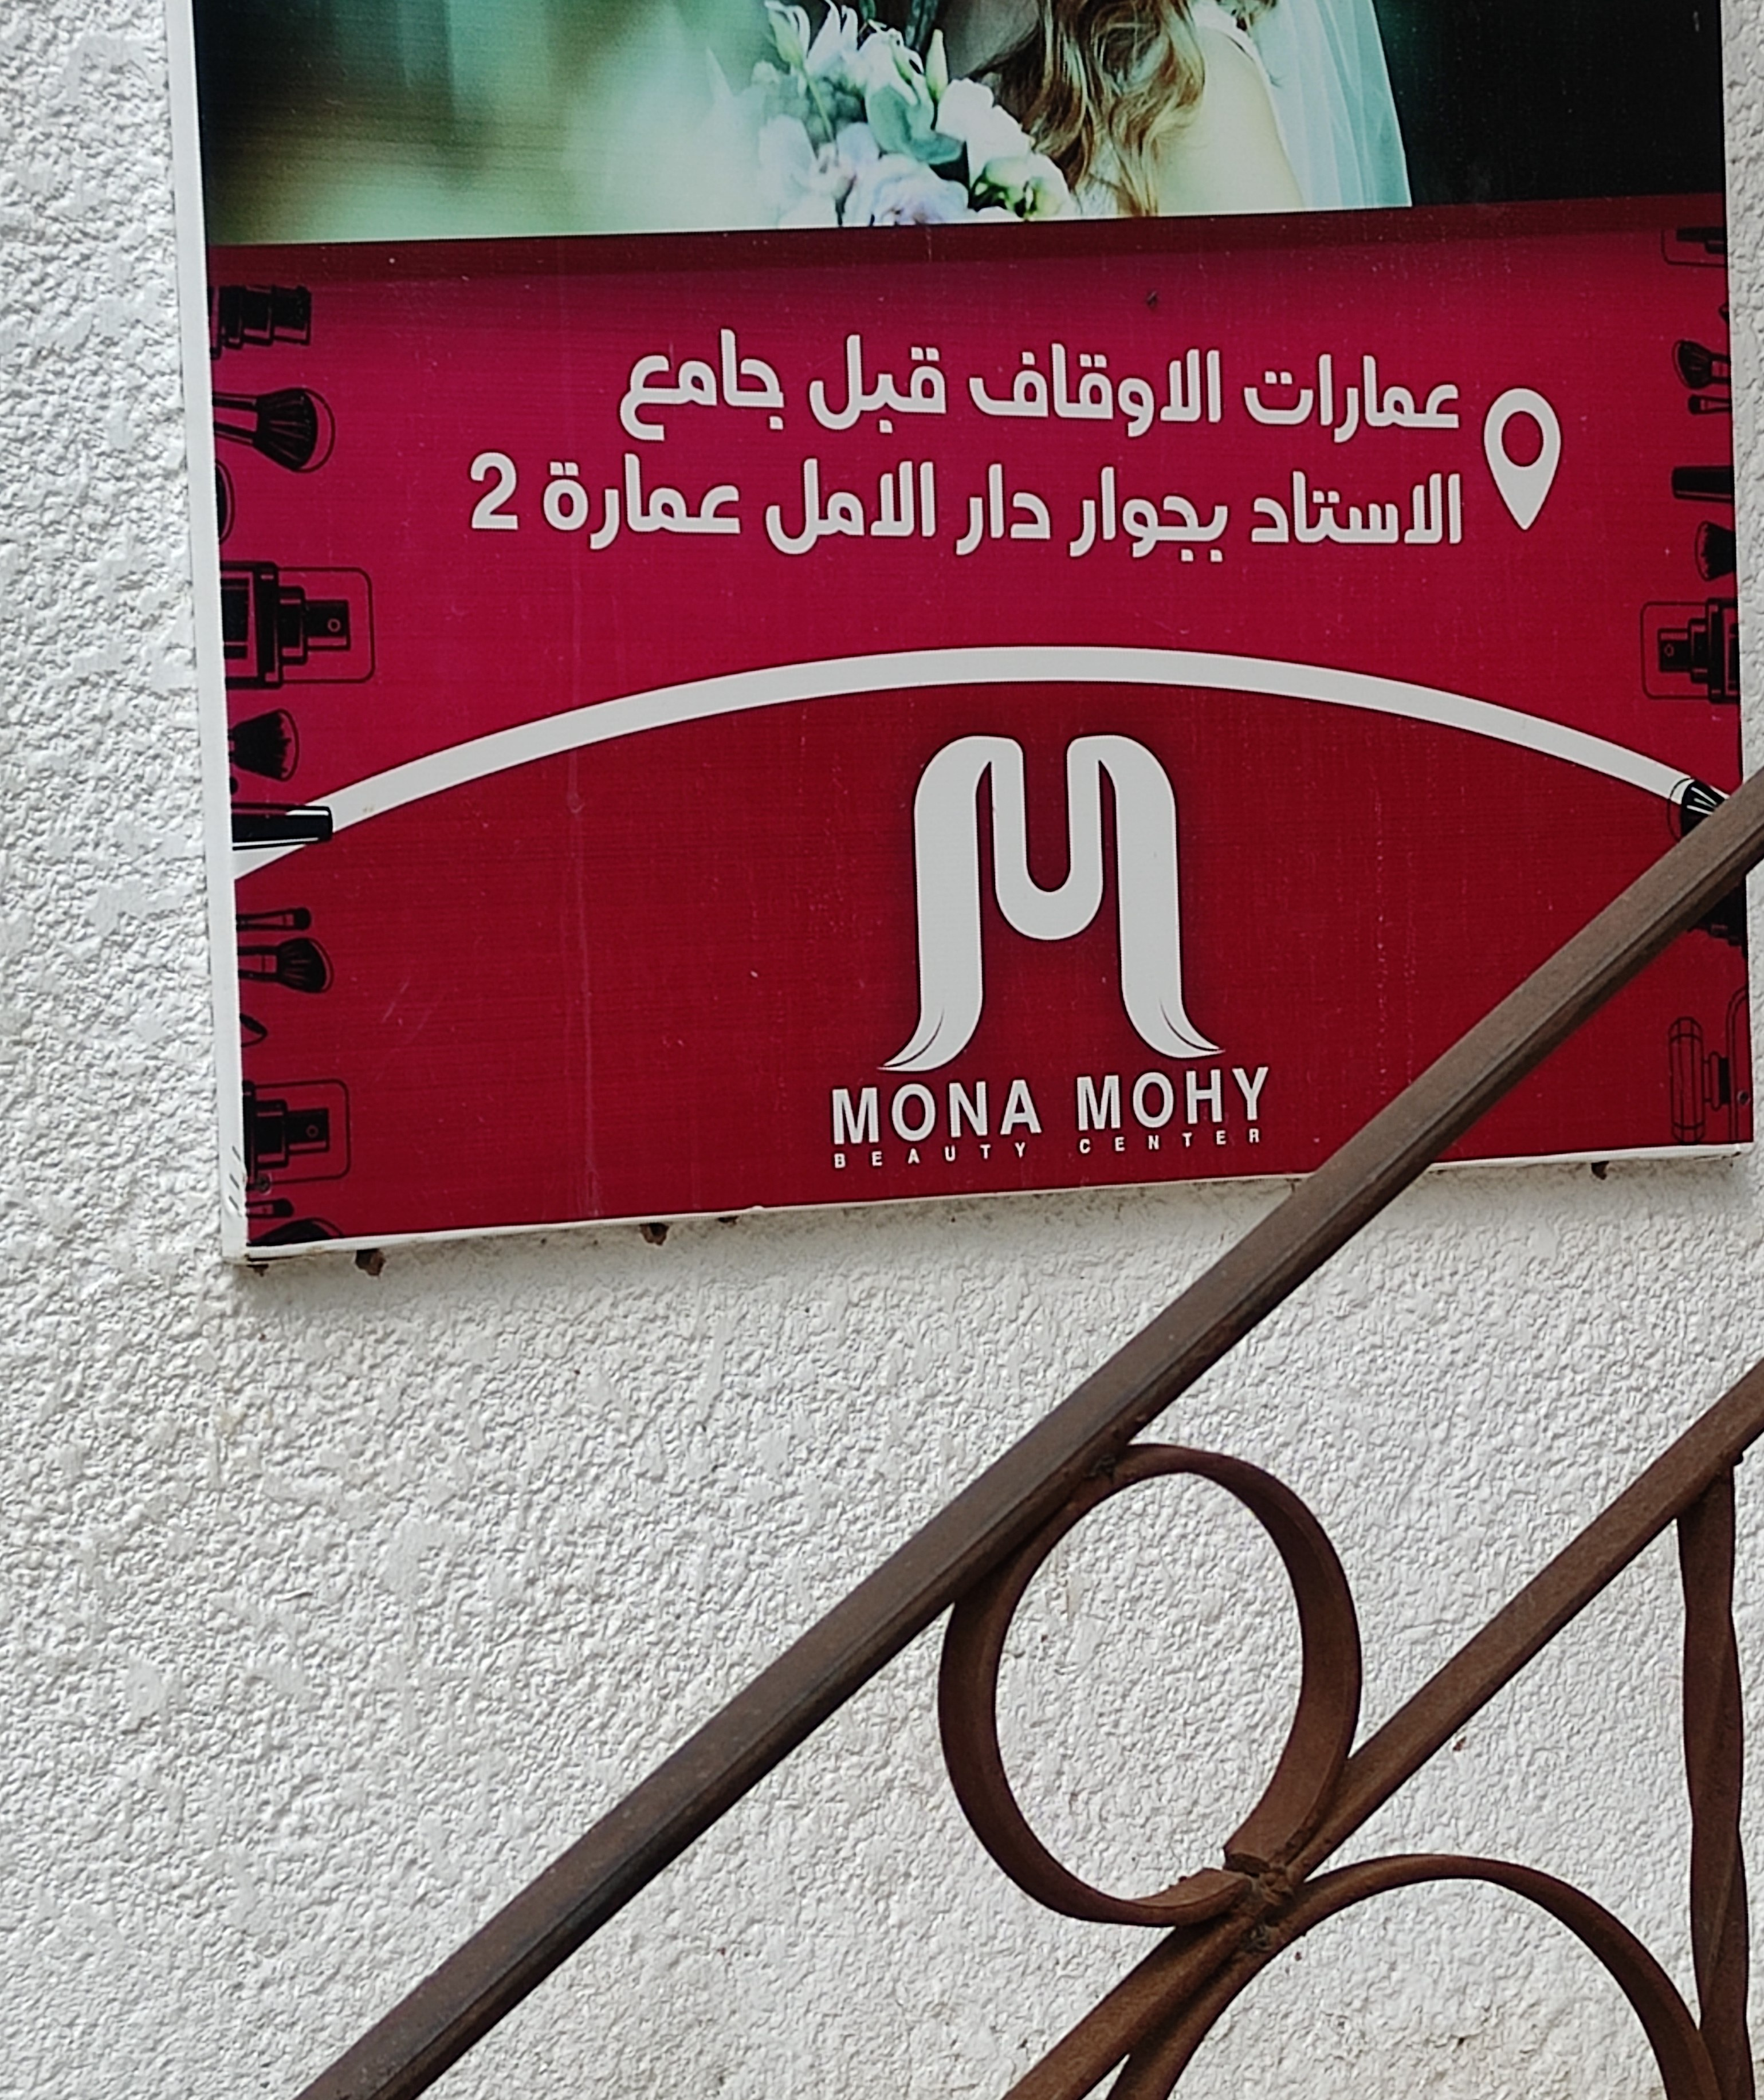
Text in image: قبل جامع الاوقاف عمارات عمارة الامل الاستاد دار بجوار 2 M MOHY MONA CENTER BEAUTY